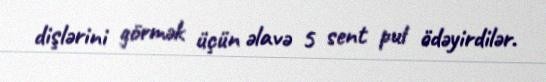
dişlərini görmək üçün əlavə 5 sent pul ödəyirdilər.